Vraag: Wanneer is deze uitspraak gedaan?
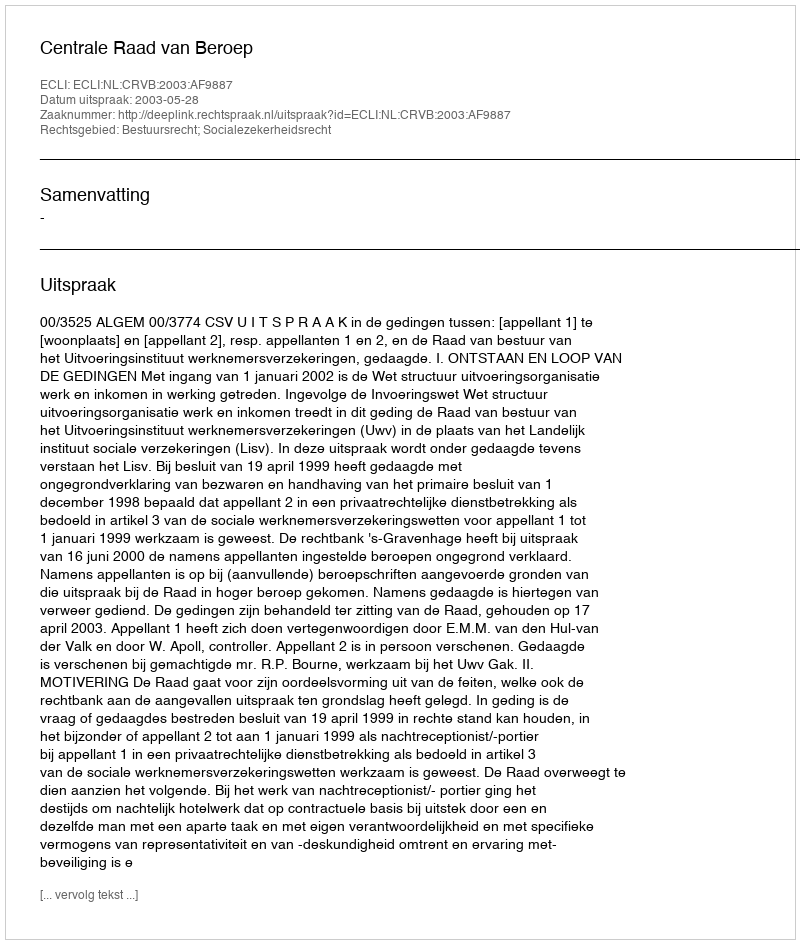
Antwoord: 2003-05-28